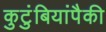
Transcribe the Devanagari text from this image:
कुटुंबियांपैकी